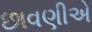
છાવણીએ